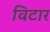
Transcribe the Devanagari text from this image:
विटार